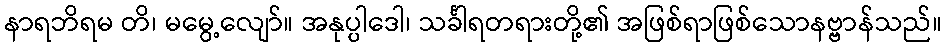
နာရဘိရမ တိ၊ မမွေ့လျော်။ အနုပ္ပါဒေါ၊ သင်္ခါရတရားတို့၏ အဖြစ်ရာဖြစ်သောနဗ္ဗာန်သည်။